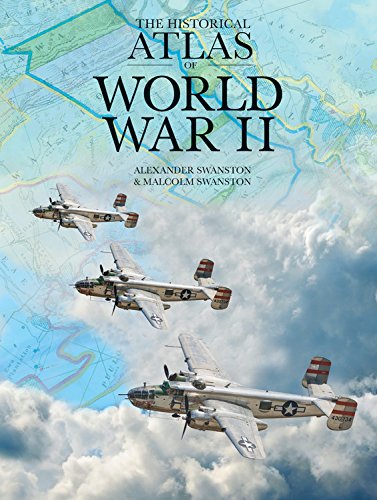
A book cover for The Historical Atlas of World War II; Alexander Swanston; History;